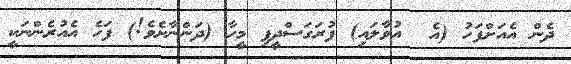
ދެން އެއަށްފަހު (އެ  އުވާލައި) ފުރަގަސްދީފި މީހާ (ދަންނާށެވެ!) ފަހެ އެއުރެންނަކީ